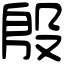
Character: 殷